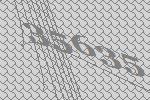
35635